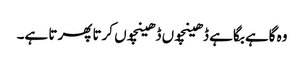
وہ گاہے بگاہے ڈھینچوں ڈھینچوں کرتا پھرتا ہے۔